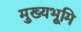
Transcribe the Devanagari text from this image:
मुख्‍यभूमि